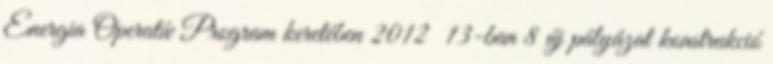
Energia Operatív Program keretében 2012 13-ban 8 új pályázat konstrukció